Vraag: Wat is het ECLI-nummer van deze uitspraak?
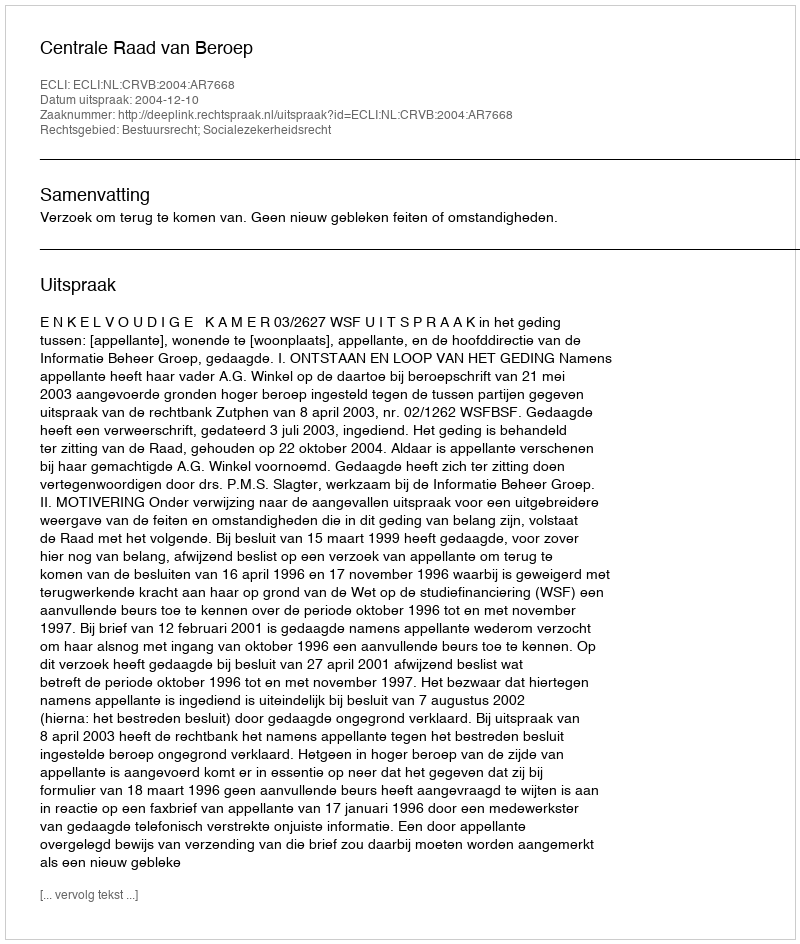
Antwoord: ECLI:NL:CRVB:2004:AR7668